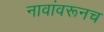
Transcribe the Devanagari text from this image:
नावांवरूनच